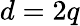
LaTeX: d=2q